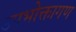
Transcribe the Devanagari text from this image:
उपभोक्तागण